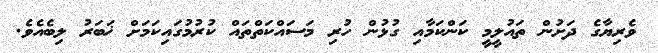
ވެރިޔާގެ ދަށުން ތައުލީމީ ކަންކަމާއި ގުޅުން ހުރި މަސައްކަތްތައް ކުރުމުގައިކަމަށް ޚަބަރު ލިބެއެވެ.